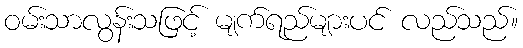
ဝမ်းသာလွန်းသဖြင့် မျက်ရည်များပင် လည်သည်။